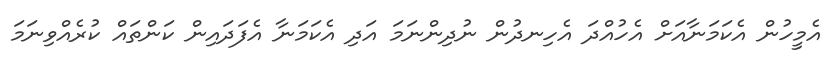
އެމީހުން އެކަމަނާއަށް އެހުއްދަ އެހިނދުން ނުދިންނަމަ އަދި އެކަމަނާ އެފަދައިން ކަންތައް ކުރެއްވިނަމަ